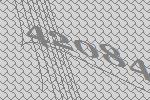
42084